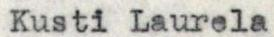
Kusti Laurela